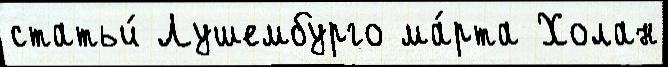
статьи́ Лушембурго ма́рта Холан